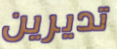
تديرين